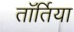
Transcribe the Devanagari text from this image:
तॉर्तिया